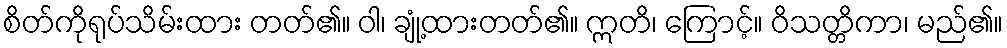
စိတ်ကိုရုပ်သိမ်းထား တတ်၏။ ဝါ၊ ချုံ့ထားတတ်၏။ ဣတိ၊ ကြောင့်။ ဝိသတ္တိကာ၊ မည်၏။